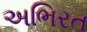
અભિરત